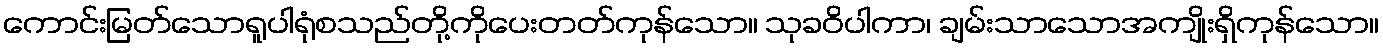
ကောင်းမြတ်သောရူပါရုံစသည်တို့ကိုပေးတတ်ကုန်သော။ သုခဝိပါကာ၊ ချမ်းသာသောအကျိုးရှိကုန်သော။